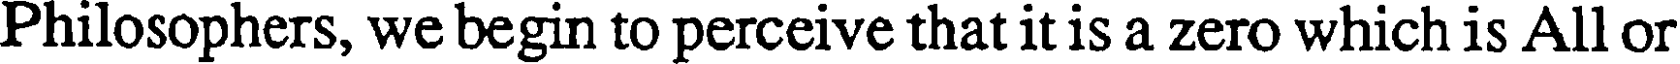
Philosophers, we begin to perceive that it is a zero which is All or